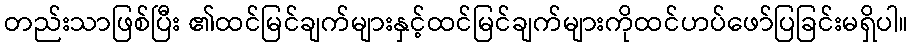
တည်းသာဖြစ်ပြီး ၏ထင်မြင်ချက်များနှင့်ထင်မြင်ချက်များကိုထင်ဟပ်ဖော်ပြခြင်းမရှိပါ။